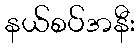
နယ်စပ်အနီး